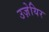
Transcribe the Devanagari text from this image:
उज़ेयिर